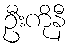
ဦးကိုနီ